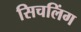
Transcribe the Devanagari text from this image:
सिचलिंग